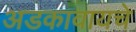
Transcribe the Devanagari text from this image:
अडकावायचे